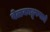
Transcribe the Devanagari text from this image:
वेळकाढूपणाचे